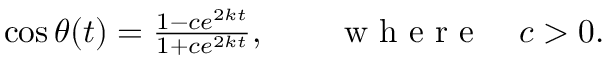
\begin{array} { r } { \cos \theta ( t ) = \frac { 1 - c e ^ { 2 k t } } { 1 + c e ^ { 2 k t } } , \qquad \mathrm { ~ w ~ h ~ e ~ r ~ e ~ } \quad c > 0 . } \end{array}